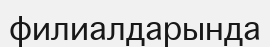
филиалдарында